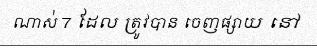
ណាស់ 7 ដែល ត្រូវបាន ចេញផ្សាយ នៅ